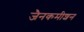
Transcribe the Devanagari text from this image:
जैनकमीशन